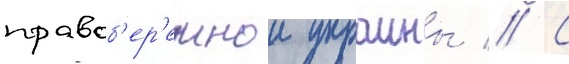
правоб'ер'ежнои украины // С